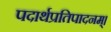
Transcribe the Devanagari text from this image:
पदार्थप्रतिपादनम्।